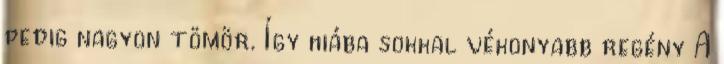
pedig nagyon tömör. Így hiába sokkal vékonyabb regény A